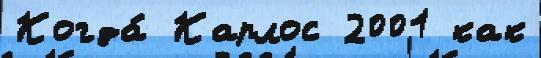
Когда́ Карлос 2001 как